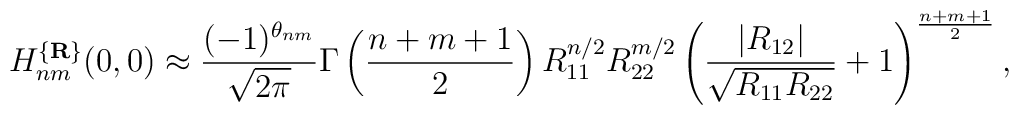
H_{nm}^{\{{\bf R}\}}(0,0)\approx\frac {(-1)^{\theta_{nm}}}{\sqrt {2\pi}}\Gamma\left(\frac {n+m+1}2\right)R_{11}^{n/2}R_{22}^{m/2}\left(\frac {|R_{12}|}{\sqrt {R_{11}R_{22}}}+1\right)^{\frac {n+m+1}2},